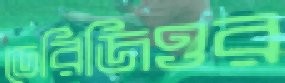
ডেরিজিওর